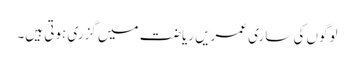
لوگوں کی ساری عمریں ریاضت میں گزری ہوتی ہیں۔